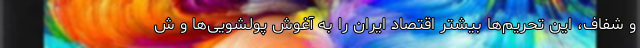
و شفاف، این تحریم‌ها بیشتر اقتصاد ایران را به آغوش پولشویی‌ها و ش